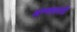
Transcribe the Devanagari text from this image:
अण्णावरती